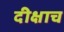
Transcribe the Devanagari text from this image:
दीक्षाच